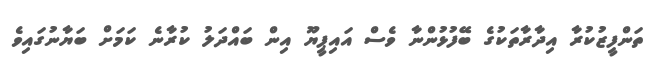
ތަންފީޒުކުރާ އިދާރާތަކުގެ ބޭފުޅުންނާ ވެސް އައިޕީޔޫ އިން ބައްދަލު ކުރާނެ ކަމަށް ބަޔާނުގައިވެ